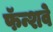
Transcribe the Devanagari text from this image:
फॅन्शवे